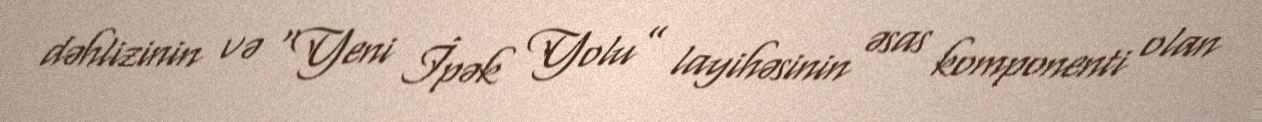
dəhlizinin və “Yeni İpək Yolu” layihəsinin əsas komponenti olan